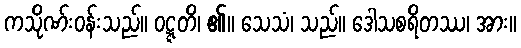
ကသိုဏ်းဝန်းသည်။ ဝဋ္ဋတိ၊ ၏။ သေသံ၊ သည်။ ဒေါသစရိတဿ၊ အား။